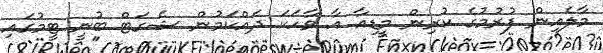
މާލެއިން ފުރުމުގެ ކުރިން މީޑިއާ އާ ވާހަކަ ދައްކަމުން ޝެގަޓް ބުނީ ޓީމުގައި